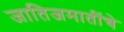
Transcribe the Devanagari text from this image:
जातिजमातींचे